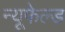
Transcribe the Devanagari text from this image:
न्यूफेल्ड